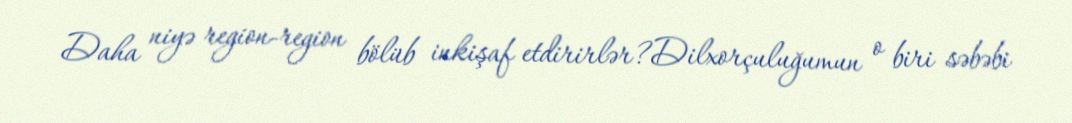
Daha niyə region-region bölüb inkişaf etdirirlər?Dilxorçuluğumun o biri səbəbi